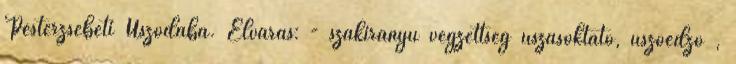
Pesterzsébeti Uszodába. Elvárás: - szakirányú végzettség úszásoktató, úszóedző ,